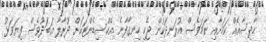
ހާދިސާއެއް ކަމަށާއި ނަމަވެސް އުޅަނދަކުން ޖެހި ހިނގާފާނެ އެކްސިޑެންޓަކަށް ދުރާލާ އަބަދުވެސް ފިޔަވަޅު